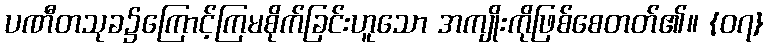
ပဏီတသုခ၌ကြောင့်ကြမစိုက်ခြင်းဟူသော အကျိုးကိုဖြစ်စေတတ်၏။ {၀၇}